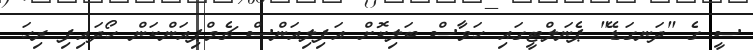
ސީ ގެ "ދަނގަޑޭ" ޕެނަލްޓީގައި ހަވާސް ބަލިކޮށް އަފިލިއަންސް ޗެމްޕިއަންކަން ހޯދައިފި ރިހަ